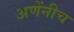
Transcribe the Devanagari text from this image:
अणेंनीच